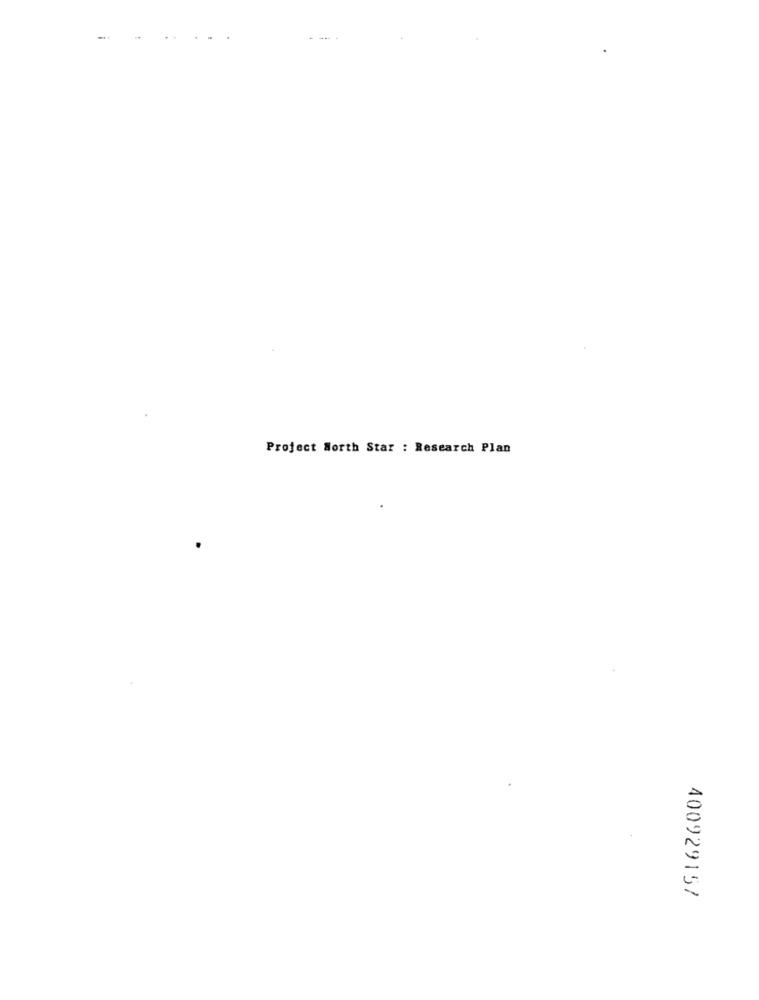
Project North Star : Research Plan
400929157